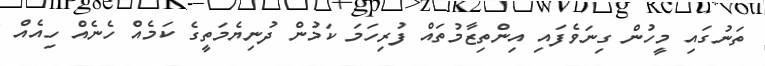
ތަނުގައި މީހުން ގިނަވެފައި އިންތިޒާމުތައް ފުރިހަމަ ކަމުން ދުނިޔެމަތީގެ ކަމެއް ހެނެއް ހިއެއް